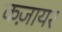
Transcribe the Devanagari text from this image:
कज़ायर